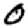
Digit: 0